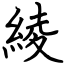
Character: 綾